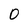
Character: 0